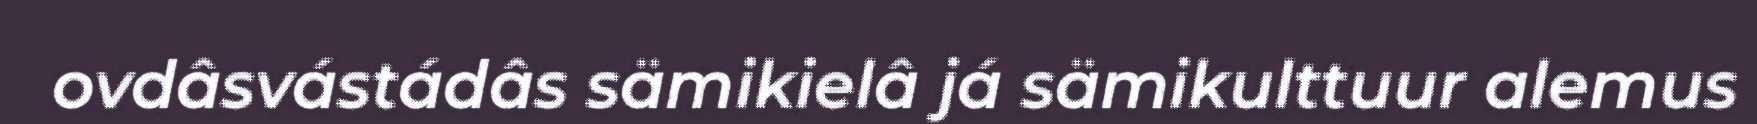
ovdâsvástádâs sämikielâ já sämikulttuur alemus